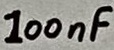
Text: 100nF